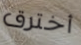
أخترق